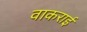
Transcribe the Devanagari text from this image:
वाकराई